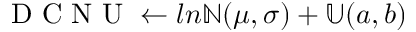
\textrm { D C N U } \leftarrow l n \mathbb { N } ( \mu , \sigma ) + \mathbb { U } ( a , b )